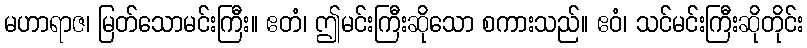
မဟာရာဇ၊ မြတ်သောမင်းကြီး။ ဧတံ၊ ဤမင်းကြီးဆိုသော စကားသည်။ ဧဝံ၊ သင်မင်းကြီးဆိုတိုင်း